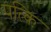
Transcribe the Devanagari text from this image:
पत्कि